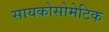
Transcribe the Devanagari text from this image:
सायकोसोमेटिक